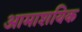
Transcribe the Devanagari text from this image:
आमाशयिक